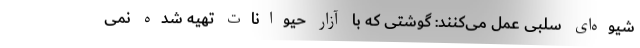
‌شیوه‌ای سلبی عمل می‌کنند: گوشتی که با آزار حیوانات تهیه شده نمی‌